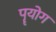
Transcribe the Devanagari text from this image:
पॄयोग